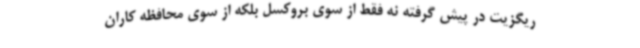
ریگزیت در پیش گرفته نه فقط از سوی بروکسل بلکه از سوی محافظه کاران